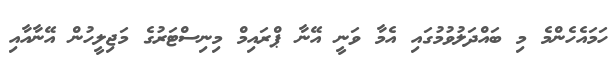
ހަމައެހެންމެ މި ބައްދަލުވުމުގައި އެމާ ވަނީ އޭނާ ޕްރައިމް މިނިސްޓަރުގެ މަޖިލީހުން އޭނާއާއި